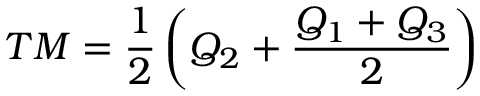
T M = { \frac { 1 } { 2 } } \left( Q _ { 2 } + { \frac { Q _ { 1 } + Q _ { 3 } } { 2 } } \right)